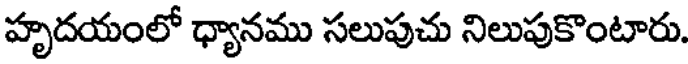
హృదయంలో ధ్యానము సలుపుచు నిలుపుకొంటారు.